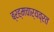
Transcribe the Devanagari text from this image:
ब्रह्मचार्यव्रत